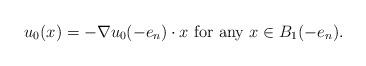
LaTeX: \begin{align*}u_0(x)=-\nabla u_0(-e_n)\cdot x {\mbox{ for any }}x\in B_1(-e_n).\end{align*}